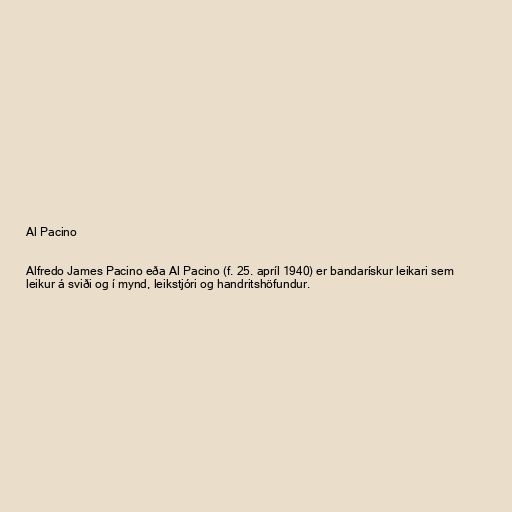
Al Pacino

Alfredo James Pacino eða Al Pacino (f. 25. apríl 1940) er bandarískur leikari sem
leikur á sviði og í mynd, leikstjóri og handritshöfundur.